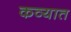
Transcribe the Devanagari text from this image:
कव्यात